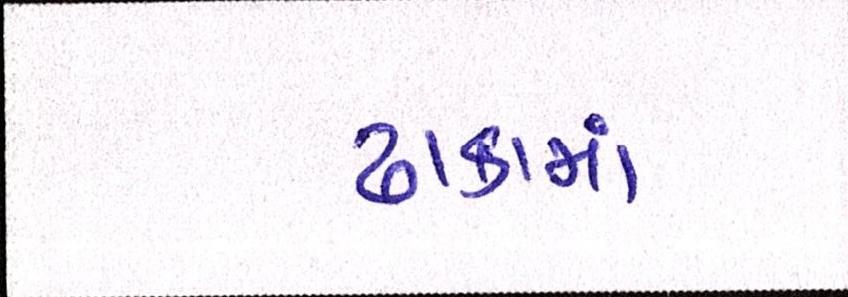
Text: ઢાકામાં